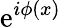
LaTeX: \mathrm{e}^{i\phi(x)}